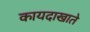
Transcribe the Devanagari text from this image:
कायदाखाते